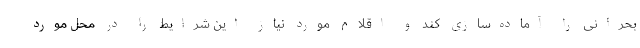
بحرانی را آماده‌سازی کند و اقلام مورد نیاز این شرایط را در محل مورد